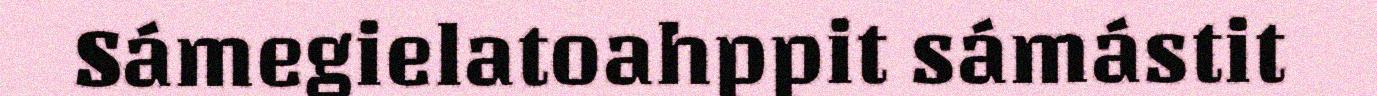
Sámegielatoahppit sámástit